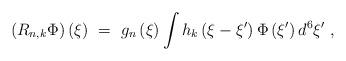
LaTeX: \begin{align*}\left( R_{n,k} \Phi\right)\left(\xi\right)\ = \ g_n \left(\xi\right)\int h_k \left( \xi -\xi'\right) \Phi \left(\xi'\right) d^6 \xi' \ ,\end{align*}